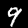
Digit: 9